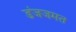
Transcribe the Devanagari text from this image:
डंजजमत